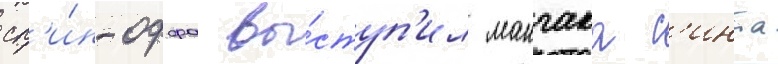
сп'и́н-оффа вы́ступ'ил мангака с'инта